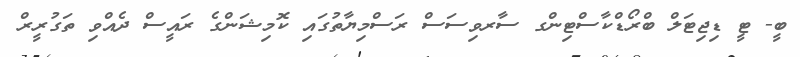
ބީ- ޓީ ޑިޖިޓަލް ބްރޯޑްކާސްޓިންގ ސާރވިސަސް ރަސްމިޔާތުގައި ކޮމިޝަންގެ ރައީސް ދެއްވި ތަގުރީރް